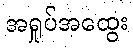
အရှုပ်အထွေး